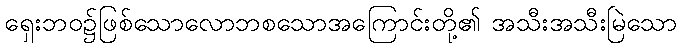
ရှေးဘဝ၌ဖြစ်သောလောဘစသောအကြောင်းတို့၏ အသီးအသီးမြဲသော